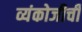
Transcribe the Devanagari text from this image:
व्यंकोजीची